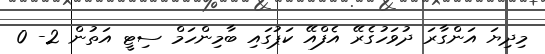
މިދިޔަ އަންގާރަ ދުވަހުގެރޭ އެފްއޭ ކަޕުގައި ބާމިންހަމް ސިޓީ އަތުން 2- 0